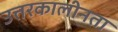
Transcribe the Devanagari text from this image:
उत्तरकालीनता